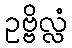
ဥဗ္ဗိလ္လံ